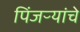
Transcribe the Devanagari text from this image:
पिंजऱ्यांचे